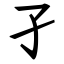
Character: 孑